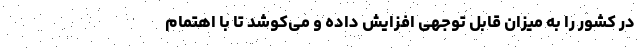
در کشور را به میزان قابل توجهی افزایش داده و می‌کوشد تا با اهتمام